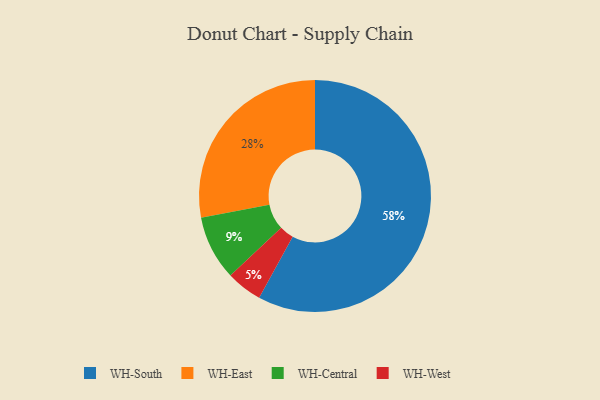
{"axis": {"x": "Category", "y": "Percentage"}, "legend": ["WH-Central", "WH-East", "WH-South", "WH-West"], "data": [{"x": "WH-South", "y": 58, "type": "WH-South"}, {"x": "WH-West", "y": 5, "type": "WH-West"}, {"x": "WH-East", "y": 28, "type": "WH-East"}, {"x": "WH-Central", "y": 9, "type": "WH-Central"}]}